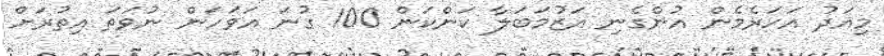
މިއަދު އަހަރެމެން އުންގެނި އަޒުމަބަލާ ކަންކަން 100 ގުނަ އަވަހަން ނުވަތަ އިތުރަށް